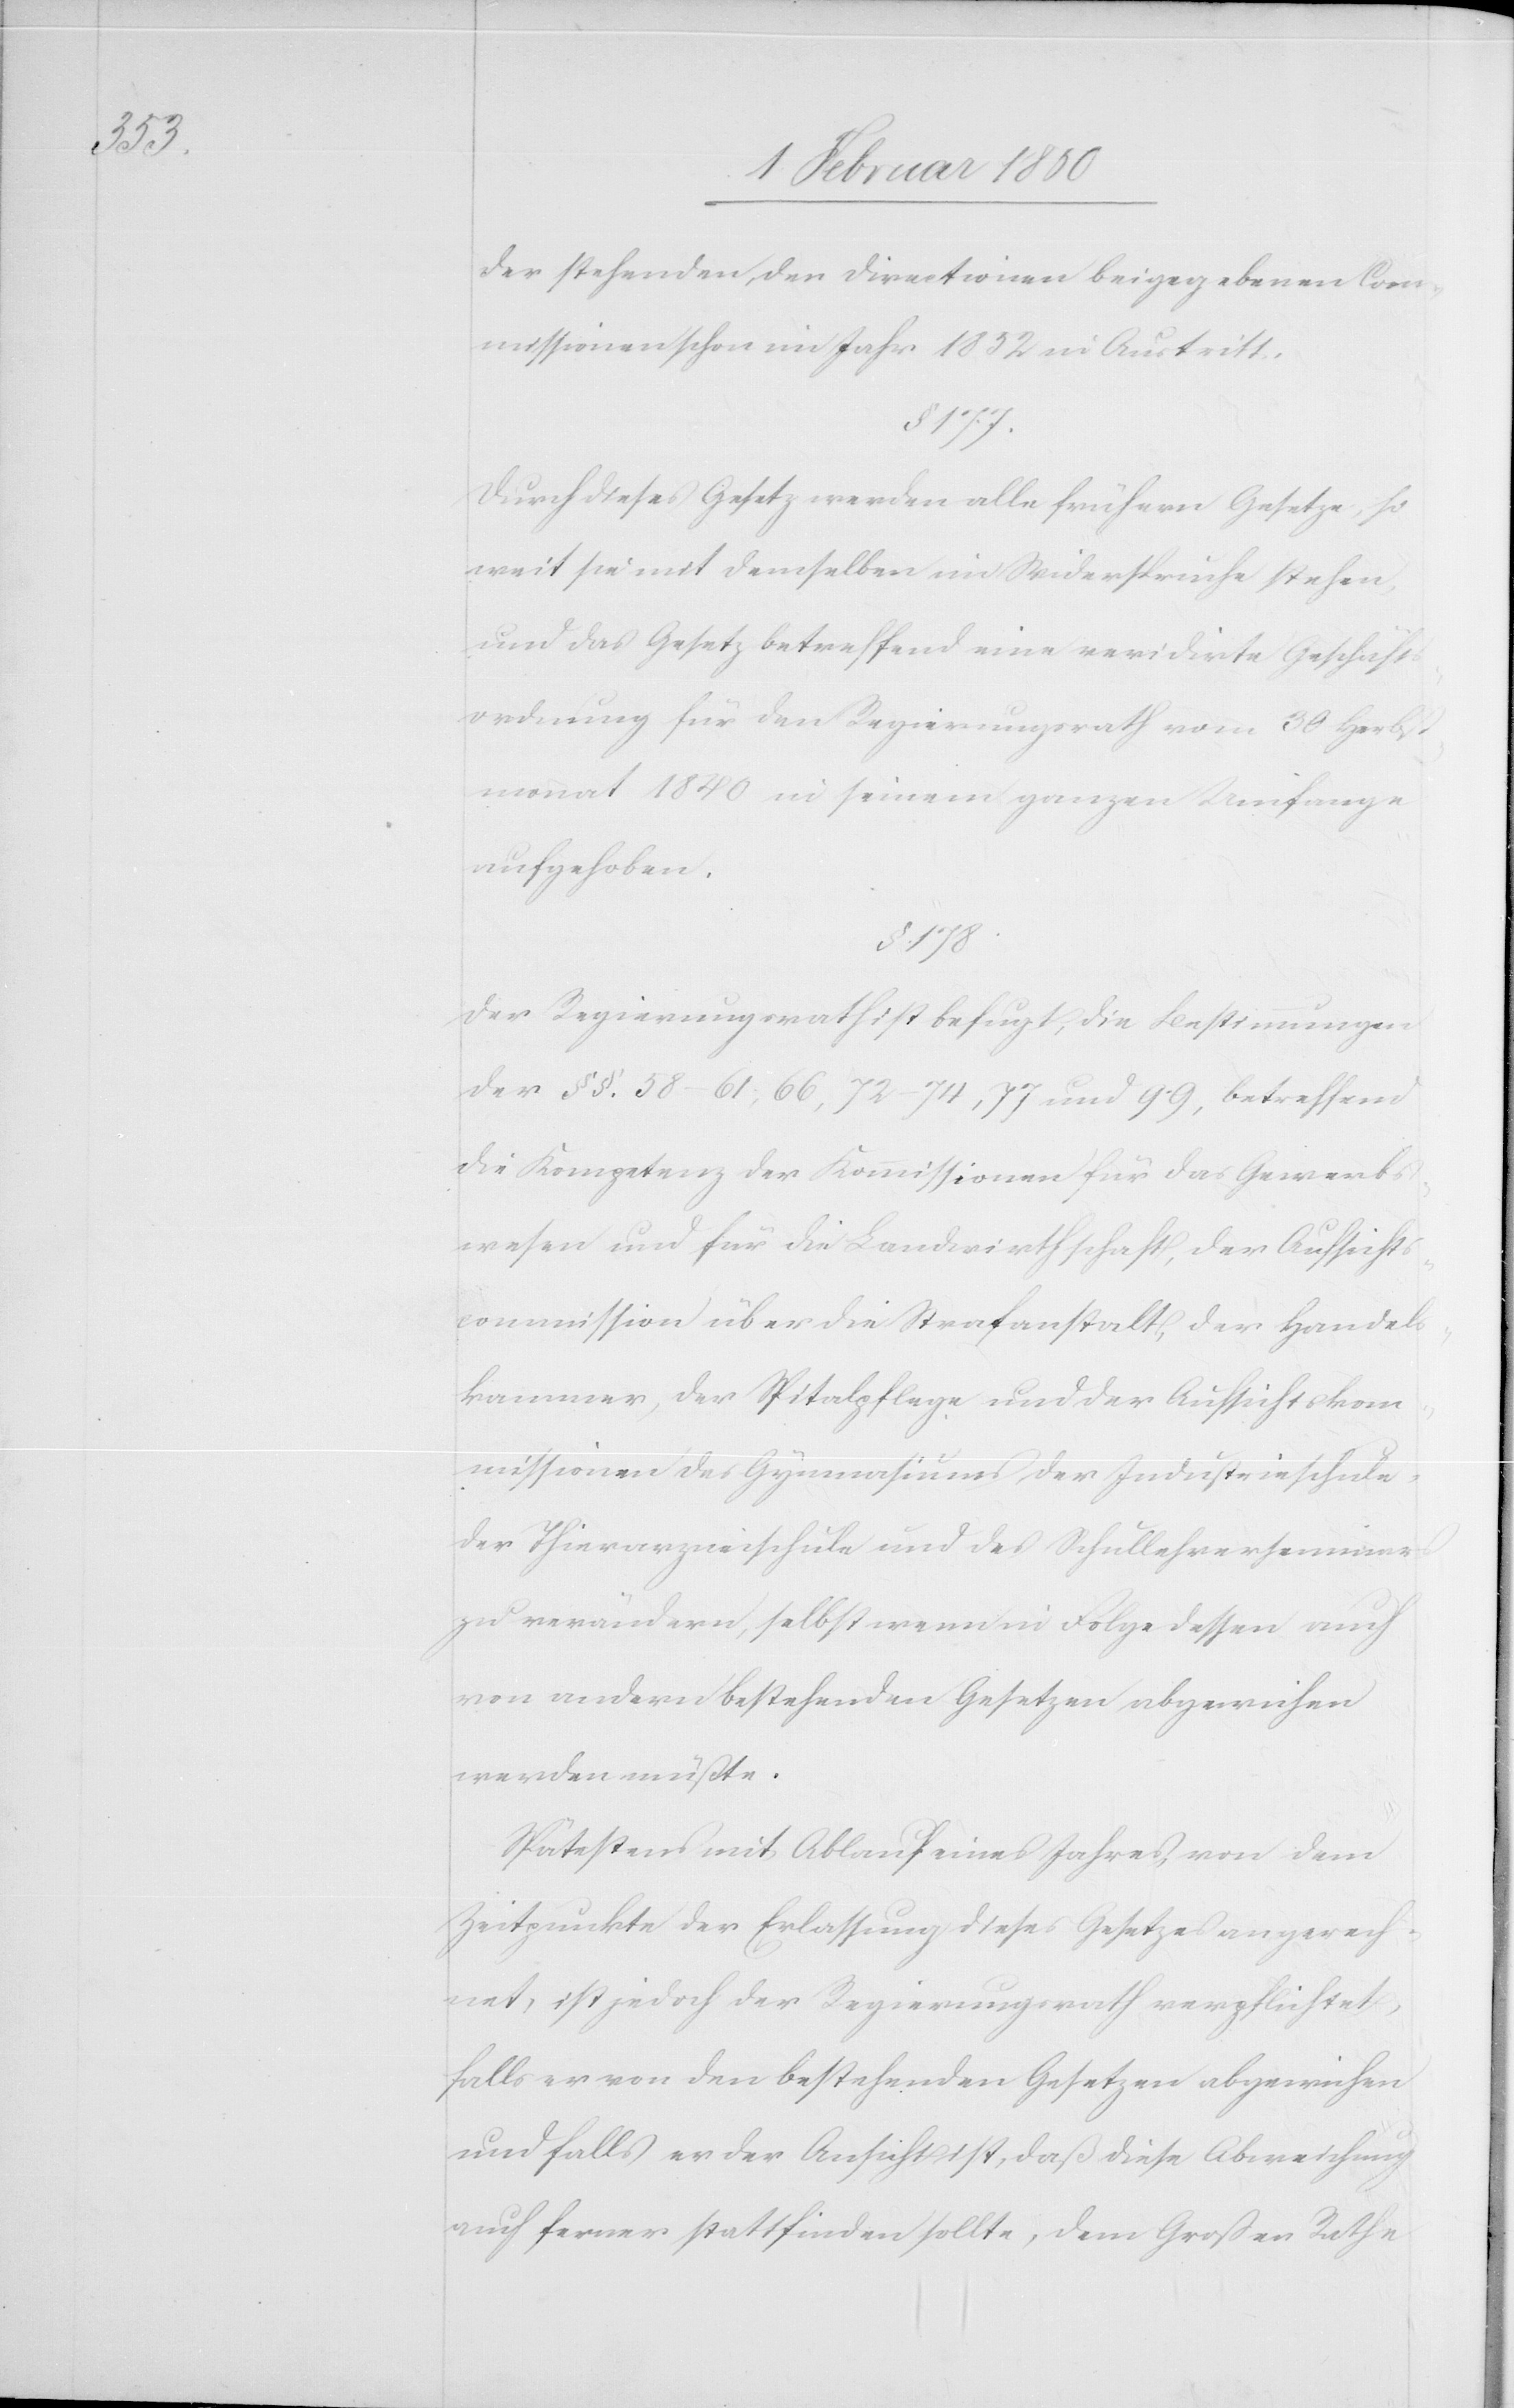
der stehenden, den Directionen beigegebenen Com¬
missionen schon im Jahr 1852 in Austritt.
§. 177.
Durch dieses Gesetz werden alle frühern Gesetze, so
weit sie mit demselben im Widerspruche stehen
und das Gesetz betreffend eine revidirte Geschäfts¬
ordnung für den Regierungsrath vom 30 Herbst¬
monat 1840 in seinem ganzen Umfange
aufgehoben.
§. 178.
Der Regierungsrath ist befugt, die Bestimmungen
der §. §. 58–61, 66, 72, 74, 77 und 99, betreffend
die Kompetenz der Kommissionen für das Gewerbs¬
wesen und für die Landwirthschaft, der Aufsichts¬
commission über die Strafanstalt, der Handels¬
kammer, der Spitalpflege und der Aufsichtskom¬
missionen des Gymnasiums, der Industrieschule,
der Thierarzneischule und des Schullehrerseminars
zu verändern, selbst wenn in Folge dessen auch
von andern bestehenden Gesetzen abgewichen
werden müßte.
Spätestens mit Ablauf eines Jahres, von dem
Zeitpunkte der Erlassung dieses Gesetzes an gerech¬
net, ist jedoch der Regierungsrath verpflichtet,
falls er von den bestehenden Gesetzen abgewichen
und falls er der Ansicht ist, daß diese Abweichung
auch ferner stattfinden sollte, dem Großen Rathe